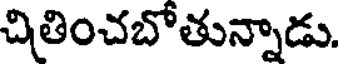
చితించబోతున్నాడు.